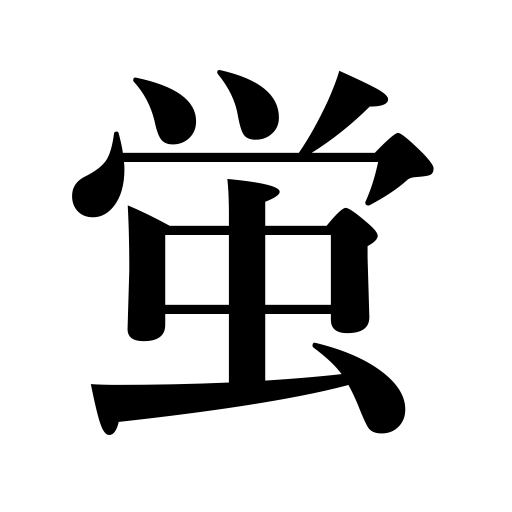
Meanings: firefly